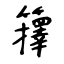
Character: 籜